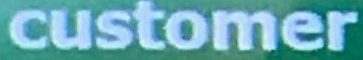
customer